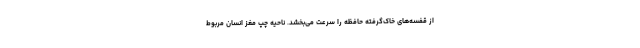
از قفسه‌های خاک‌گرفته حافظه را سرعت می‌بخشد. ناحیه چپ مغز انسان مربوط